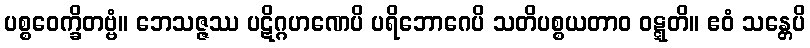
ပစ္စဝေက္ခိတဗ္ဗံ။ ဘေသဇ္ဇဿ ပဋိဂ္ဂဟဏေပိ ပရိဘောဂေပိ သတိပစ္စယတာဝ ဝဋ္ဋတိ။ ဧဝံ သန္တေပိ